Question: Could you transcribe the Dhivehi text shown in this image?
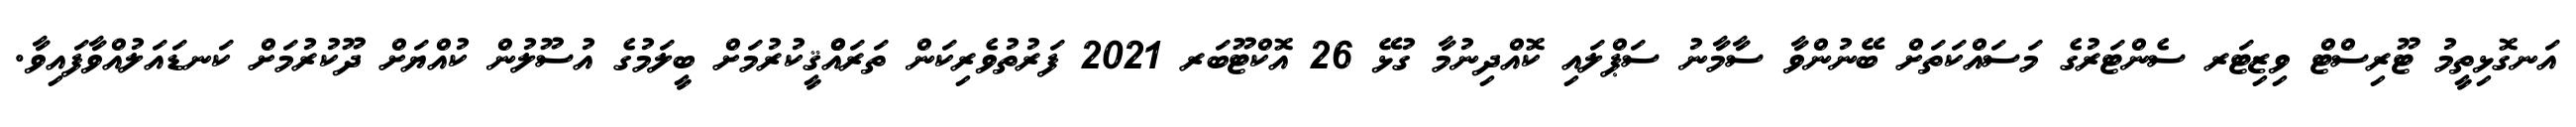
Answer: އަނގޮޅިތީމު ޓޫރިސްޓް ވިޒިޓަރ ސެންޓަރުގެ މަސައްކަތަށް ބޭނުންވާ ސާމާނު ސަޕްލައި ކޮއްދިނުމާ ގުޅޭ 26 އޮކްޓޫބަރ 2021 ފަރުތުވެރިކަން ތަރައްްޤީކުރުމަށް ބީލަމުގެ އުސޫލުން ކުއްޔަށް ދޫކުރުމަށް ކަނޑައަލުއްވާފައިވާ.